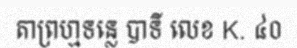
តាព្រហ្មទន្លេ បាទី លេខ K. ៤០